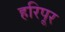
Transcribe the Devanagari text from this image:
हरिपूर